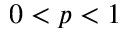
0 < p < 1